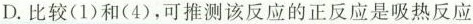
D.比较(1)和(4)，可推测该反应的正反应是吸热反应